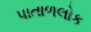
પાતાળલોક